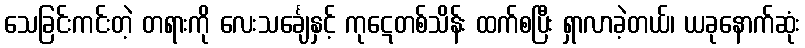
သေခြင်းကင်းတဲ့ တရားကို လေးသင်္ချေနှင့် ကုဋေတစ်သိန်း ထက်စပြီး ရှာလာခဲ့တယ်၊ ယခုနောက်ဆုံး